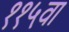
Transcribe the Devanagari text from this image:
११५वा